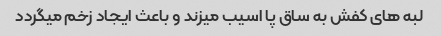
لبه های کفش به ساق پا اسیب میزند و باعث ایجاد زخم میگردد